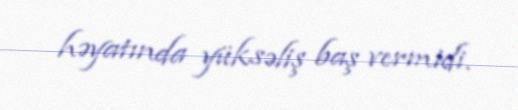
həyatında yüksəliş baş vermidi.